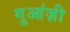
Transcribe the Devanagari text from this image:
गुआंज़ी